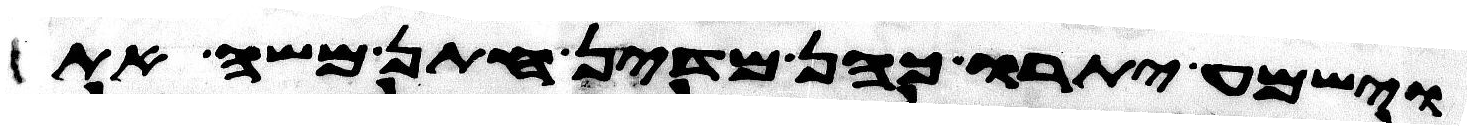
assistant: וישמע יתרו כהן מדין חתן משה את